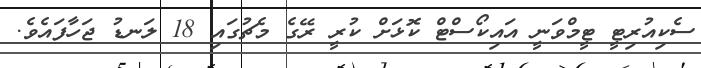
ސެކިއުރިޓީ ޓީމްވަނީ އައިކޯސްޓް ކޮޅަށް ކުރީ ރޭގެ މެޗުގައި 18 ލަނޑު ޖަހާފައެވެ.